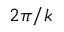
2 \pi / k